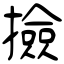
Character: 撿